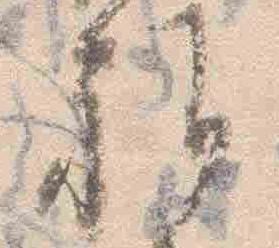
雅